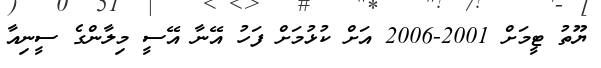
ޔޫތު ޓީމަށް 2001-2006 އަށް ކުޅުމަށް ފަހު އޭނާ އޭސީ މިލާންގެ ސީނިއާ